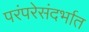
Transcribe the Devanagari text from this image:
परंपरेसंदर्भात